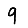
Digit: 9